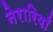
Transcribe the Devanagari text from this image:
नेरारियाँ